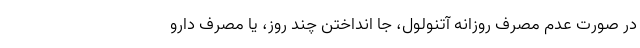
در صورت عدم مصرف روزانه آتنولول، جا انداختن چند روز، یا مصرف دارو